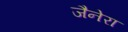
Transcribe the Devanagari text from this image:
जैनेरा